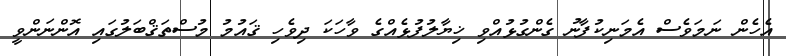
އެހެން ނަމަވެސް އެމަނިކުފާނު ގެންގުޅުއްވި ޚިޔާލުފުޅެއްގެ ވާހަކަ ދިވެހި ޤައުމު މުސްތަޤްބަލުގައި އޮންނަންވީ